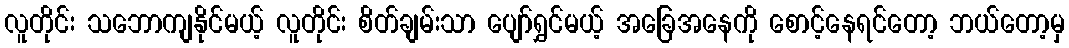
လူတိုင်း သဘောကျနိုင်မယ့် လူတိုင်း စိတ်ချမ်းသာ ပျော်ရွှင်မယ့် အခြေအနေကို စောင့်နေရင်တော့ ဘယ်တော့မှ